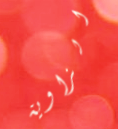
الزاوية